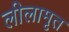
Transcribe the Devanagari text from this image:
लीलामृत